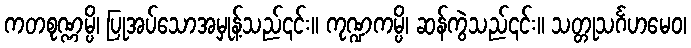
ကတစုဏ္ဏမ္ပိ၊ ပြုအပ်သောအမှုန့်သည်၎င်း။ ကုဏ္ဍကမ္ပိ၊ ဆန်ကွဲသည်၎င်း။ သတ္တုသင်္ဂဟမေဝ၊